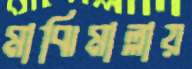
মাঝিমাল্লায়